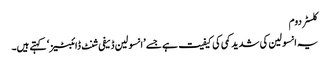
کلسٹر دوم
یہ انسولین کی شدید کمی کی کیفیت ہے جسے ’انسولین ڈیفی شنٹ ڈائبٹیز‘ کہتے ہیں۔